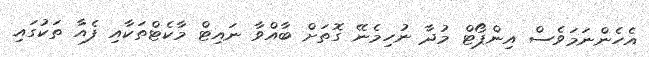
އެހެންނަމަވެސް އިންޕޯޓް މުދާ ނުހިމެނޭ ގޮތަށް ބާއްވާ ނައިޓް މާކެޓްތަކާއި ފެއާ ތަކުގައި